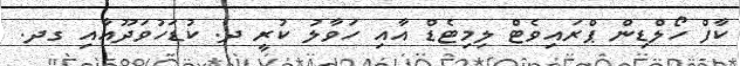
ކާފް ހޯލްޑިން ޕްރައިވެޓް ލިމިޓެޑް އާއި ހަވާލު ކުރީ ދ. ކުޑަހުވަދޫއާއި ގދ.